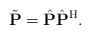
LaTeX: \begin{align*} \tilde{\mathbf{P}} = \hat{\mathbf{P}} \hat{\mathbf{P}} ^{\rm H}.\end{align*}